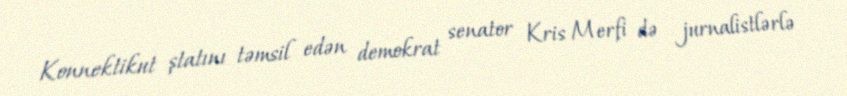
Konnektikut ştatını təmsil edən demokrat senator Kris Merfi də jurnalistlərlə